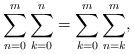
LaTeX: \begin{align*}\sum_{n=0}^m \sum_{k=0}^n = \sum_{k=0}^m \sum_{n=k}^m, \end{align*}